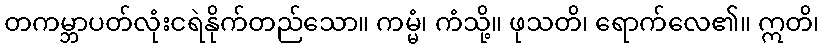
တကမ္ဘာပတ်လုံးငရဲနိုက်တည်သော။ ကမ္မံ၊ ကံသို့။ ဖုသတိ၊ ရောက်လေ၏။ ဣတိ၊